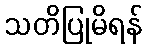
သတိပြုမိရန်